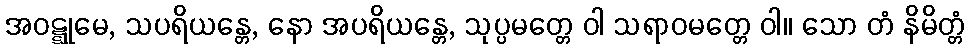
အဝဋ္ဋုမေ, သပရိယန္တေ, နော အပရိယန္တေ, သုပ္ပမတ္တေ ဝါ သရာဝမတ္တေ ဝါ။ သော တံ နိမိတ္တံ